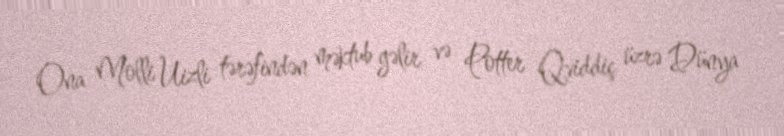
Ona Molli Uizli tərəfindən məktub gəlir və Potter Qviddiç üzrə Dünya